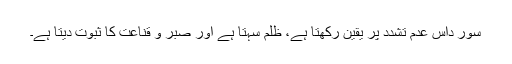
سور داس عدم تشدّد پر یقین رکھتا ہے، ظلم سہتا ہے اور صبر و قناعت کا ثبوت دیتا ہے۔